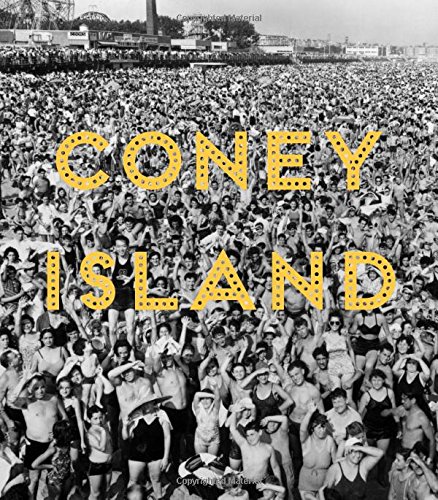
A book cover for Coney Island: Visions of an American Dreamland, 1861EE2008; Business & Money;